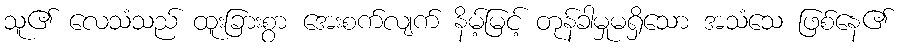
သူ၏ လေသံသည် ထူးခြားစွာ အေးစက်လျက် နိမ့်မြင့် တုန်ခါမှုမရှိသော အသံသေ ဖြစ်နေ၏